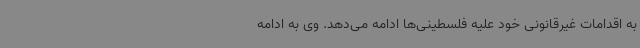
به اقدامات غیرقانونی خود علیه فلسطینی‌ها ادامه می‌دهد. وی به ادامه